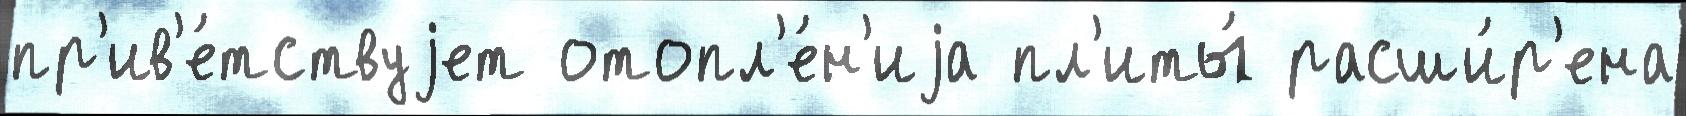
пр'ив'е́тствуjет отопл'е́н'иjа пл'иты́ расши́р'ена